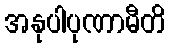
အနုပါပုဏာမီတိ